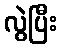
လွဲပြီး